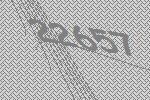
22657